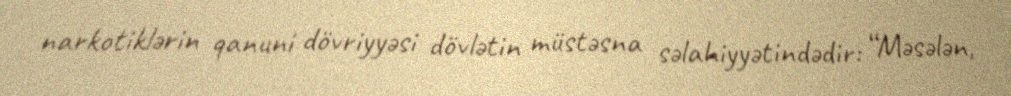
narkotiklərin qanuni dövriyyəsi dövlətin müstəsna səlahiyyətindədir: “Məsələn,